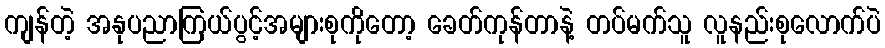
ကျန်တဲ့ အနုပညာကြယ်ပွင့်အများစုကိုတော့ ခေတ်ကုန်တာနဲ့ တပ်မက်သူ လူနည်းစုလောက်ပဲ